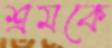
শ্রমকে